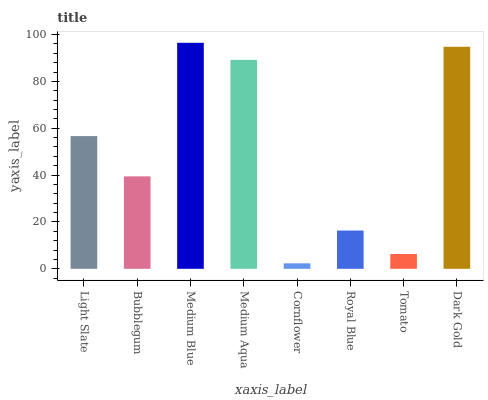
| xaxis_label | bars |
 | --- | --- |
 | Light Slate | 56.6 |
 | Bubblegum | 39.5 |
 | Medium Blue | 96.5 |
 | Medium Aqua | 89.2 |
 | Cornflower | 2.34 |
 | Royal Blue | 16.3 |
 | Tomato | 6.31 |
 | Dark Gold | 94.8 |